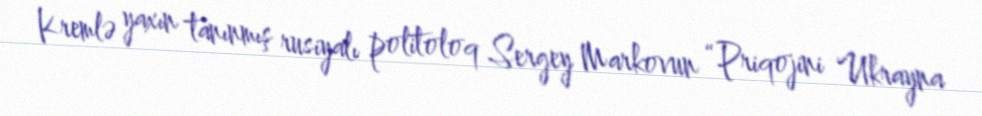
Kremlə yaxın tanınmış rusiyalı politoloq Sergey Markovun “Priqojini Ukrayna